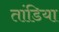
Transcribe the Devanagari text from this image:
तांडिया